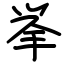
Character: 挙